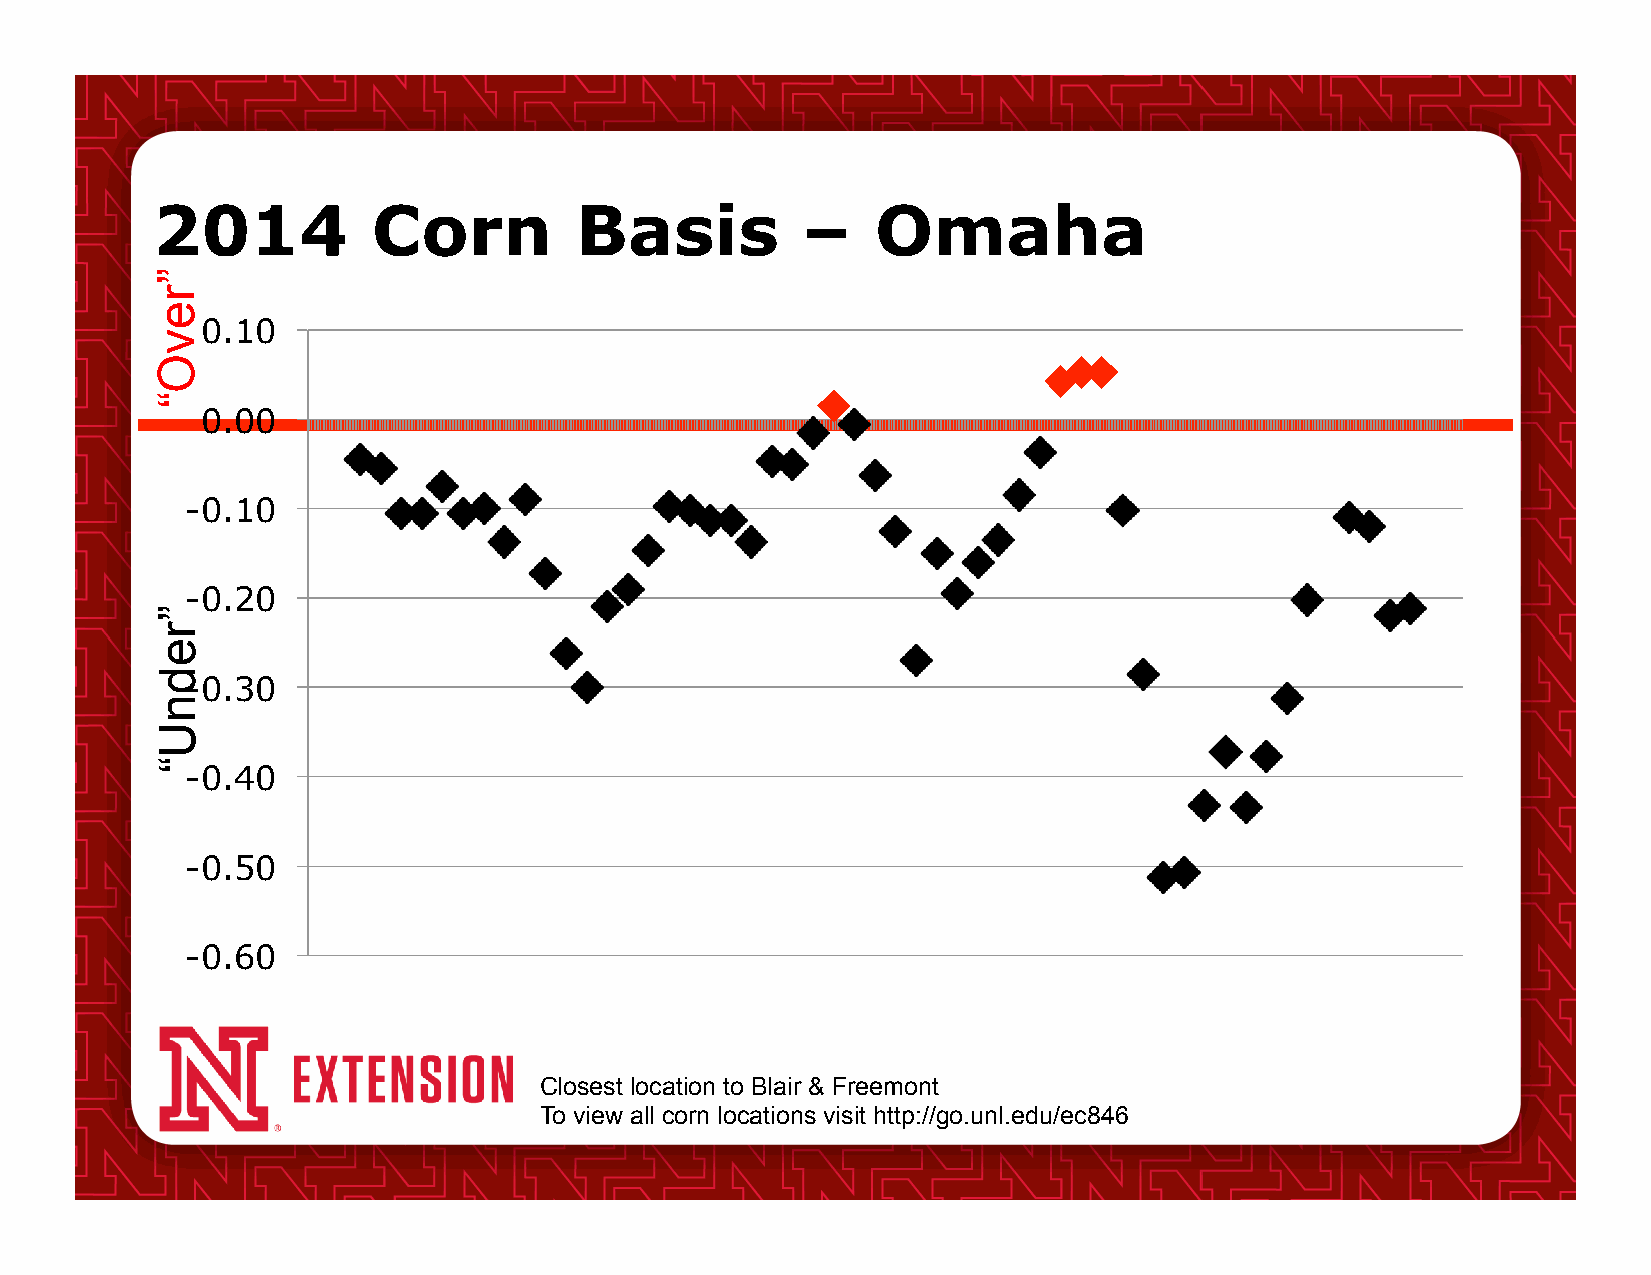
2014           Corn         Basis          –    Omaha
 0.10
 0.00
 -0.10
 -0.20
 -0.30
 -0.40
 -0.50
 -0.60
 Closest location to Blair & Freemont
 To view all corn locations visit http://go.unl.edu/ec846
 ”revO“
 ”rednU“